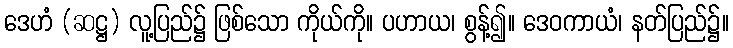
ဒေဟံ (ဆဋ္ဌ) လူ့ပြည်၌ ဖြစ်သော ကိုယ်ကို။ ပဟာယ၊ စွန့်၍။ ဒေဝကာယံ၊ နတ်ပြည်၌။